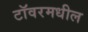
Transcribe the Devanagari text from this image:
टॉवरमधील